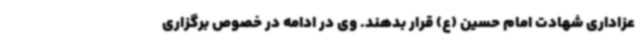
عزاداری شهادت امام حسین (ع) قرار بدهند. وی در ادامه در خصوص برگزاری